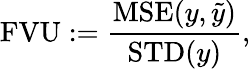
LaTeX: \mathrm{FVU}:=\frac{\mathrm{MSE}(y,\tilde{y})}{\mathrm{STD}(y)},